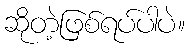
ဆိုတဲ့ဖြစ်ရပ်ပါပဲ။